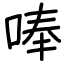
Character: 唪